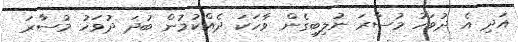
އަދި އެ ދުވަހު މުސާރަ ނުލިބިގެން ވާހަކަ ދެއްކުމުން ބުދަ ދުވަހު މުސާރަ